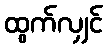
ထွက်လျှင်